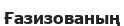
Ғазизованың